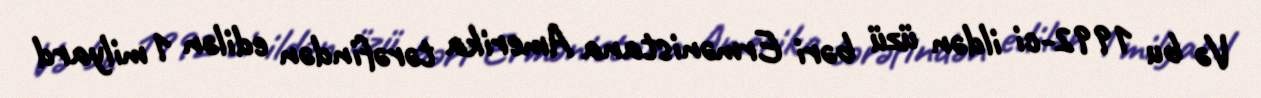
Və bu 1992-ci ildən üzü bəri Ermənistana Amerika tərəfindən edilən 1 milyard